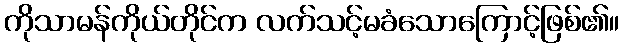
ကိုသာမန်ကိုယ်တိုင်က လက်သင့်မခံသောကြောင့်ဖြစ်၏။